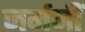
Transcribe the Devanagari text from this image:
जर्मनीं